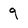
Character: 9